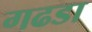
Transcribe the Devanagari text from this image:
गढडा